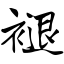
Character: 褪